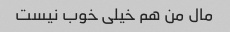
مال من هم خیلی خوب نیست